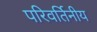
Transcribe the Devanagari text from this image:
परिवर्तिनीय